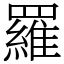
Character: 羅